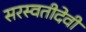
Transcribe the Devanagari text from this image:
सरस्वतीदेवी